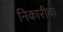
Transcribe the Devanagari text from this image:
निकारीचा